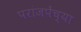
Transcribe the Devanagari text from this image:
परांजपेंच्या